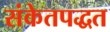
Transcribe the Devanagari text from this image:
संकेतपद्धत